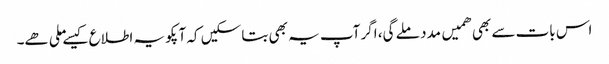
اس بات سے بھی ھمیں مدد ملے گی، اگر آپ یہ بھی بتا سکیں کہ آپکو یہ اطلاع کیسے ملی ھے۔